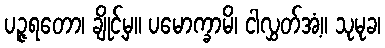
ပဉ္ဇရတော၊ ချိုင့်မှ။ ပမောက္ခာမိ၊ ငါလွှတ်အံ့။ သုမုခ၊